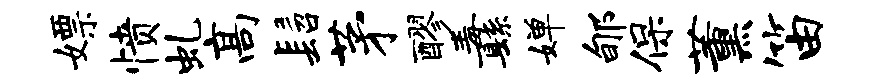
嫖愤虬高髫茅醪纛婵郇保薰笛